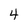
Character: 4